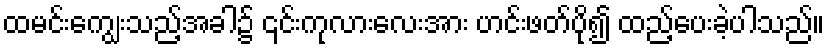
ထမင်းကျွေးသည့်အခါ၌ ၎င်းကုလားလေးအား ဟင်းဖတ်ပို၍ ထည့်ပေးခဲ့ပါသည်။